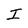
Character: I